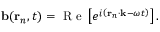
\mathbf { b } ( \mathbf { r } _ { n } , t ) = \mathrm { ~ R ~ e ~ } \left[ e ^ { i \left( \mathbf { r } _ { n } \cdot \mathbf { k } - \omega t \right) } \right] .